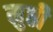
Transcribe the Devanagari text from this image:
मुष्ठी